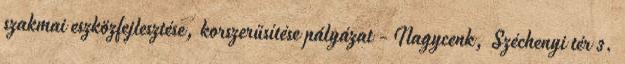
szakmai eszközfejlesztése, korszerűsítése pályázat - Nagycenk, Széchenyi tér 3.